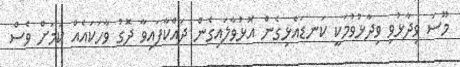
މޫސަ ވިދާޅުވި ވިދާޅުވުމަކީ ކަނޑައެޅިގެން އޮޅުވާލައިގެން ދައްކާފައިވާ ދޮގު ވާހަކައެއް ކަމަށް ވެސް